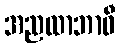
အညထာဘာဝီ